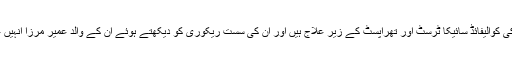
گزشتہ 2 سال سے زاریہ (فرضی نام) لاہور اور کراچی کی کوالیفائڈ سائیکا ٹرسٹ اور تھراپسٹ کے زیر علاج ہیں اور ان کی سست ریکوری کو دیکھتے ہوئے ان کے والد عمیر مرزا انہیں علاج کے لیے بیرون ملک لے جانے کی تیاریوں میں ہیں۔